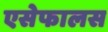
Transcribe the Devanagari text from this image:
एसेफालस